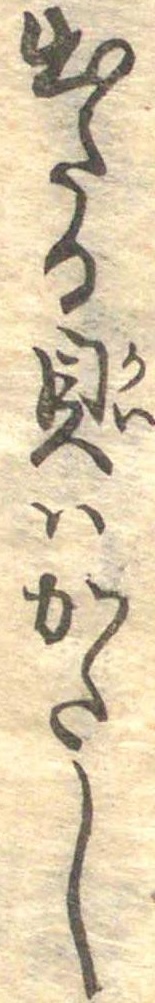
出たる貝はかたし